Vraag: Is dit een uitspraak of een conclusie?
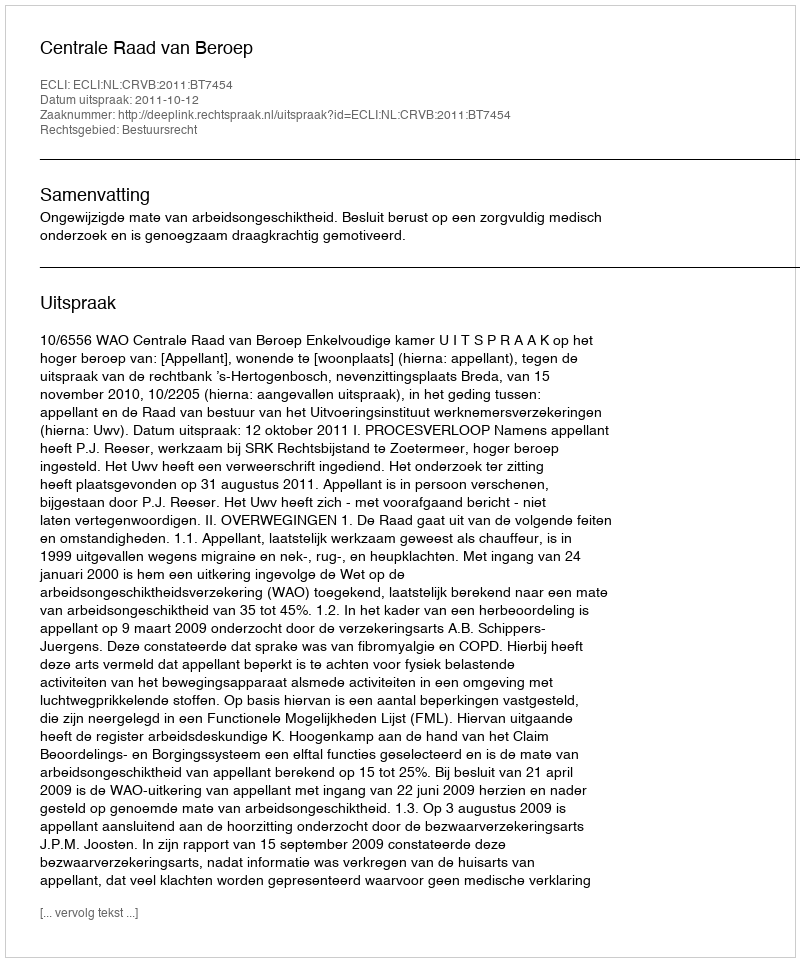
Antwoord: Uitspraak